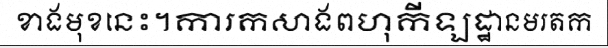
ខាងមុខនេះ។ការកសាងពហុកីឡដ្ឋានមរតក